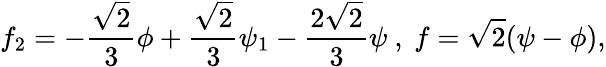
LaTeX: f_{2}=-\frac{\sqrt{2}}{3}\phi+\frac{\sqrt{2}}{3}\psi_{1}-\frac{2\sqrt{2}}{3}\psi\ ,\ f=\sqrt{2}(\psi-\phi),